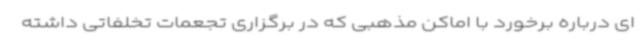
ای درباره برخورد با اماکن مذهبی که در برگزاری تجعمات تخلفاتی داشته